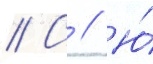
// С // Ю́